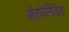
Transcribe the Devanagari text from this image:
ओरफेनिडिस